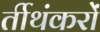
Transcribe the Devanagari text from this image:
र्तीथंकरों